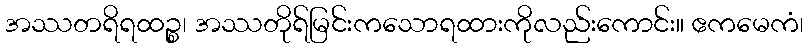
အဿတရိရထဉ္စ၊ အဿတိုရ်မြင်းကသောရထားကိုလည်းကောင်း။ ဧကမေကံ၊